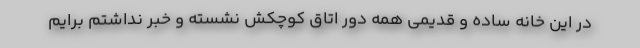
در این خانه ساده و قدیمی همه دور اتاق کوچکش نشسته و خبر نداشتم برایم